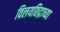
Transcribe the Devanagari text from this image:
विलयछिद्राच्या